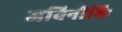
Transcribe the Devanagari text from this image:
जविनीभिः